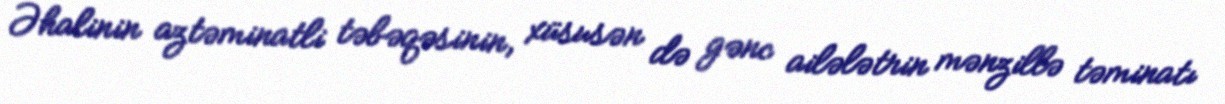
Əhalinin aztəminatli təbəqəsinin, xüsusən də gənc ailələtrin mənzillə təminatı